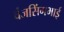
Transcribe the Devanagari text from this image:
वंजसिंगभाई